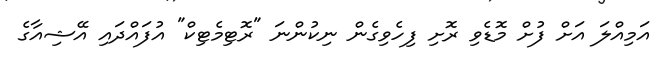
އަމިއްލަ އަށް ފުށް މޮޑެވި ރޮށި ފިހެވިގެން ނިކުންނަ "ރޮޓިމެޓިކް" އުފައްދައި އޭޝިއާގެ